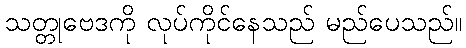
သတ္တုဗေဒကို လုပ်ကိုင်နေသည် မည်ပေသည်။